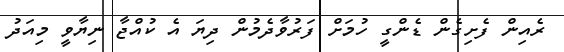
ރެއިން ފެށިގެން ޑެންގީ ހުމަށް ފަރުވާދެމުން ދިޔަ އެ ކުއްޖާ ނިޔާވީ މިއަދު